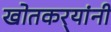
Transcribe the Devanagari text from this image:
खोतकर्‍यांनी